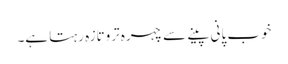
خوب پانی پینے سے چہرہ تروتازہ رہتا ہے۔